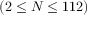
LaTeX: ( 2 \leq N \leq 1 1 2 )